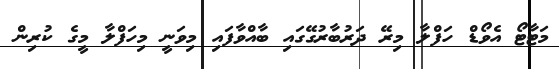
މަޓާޓޯ އެވޯޑް ހަފްލާ މިރޭ ދަރުބާރުގޭގައި ބާއްވާފައި މިވަނީ މިހަފްލާ މީގެ ކުރިން